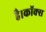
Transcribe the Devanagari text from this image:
है।कॉक्स